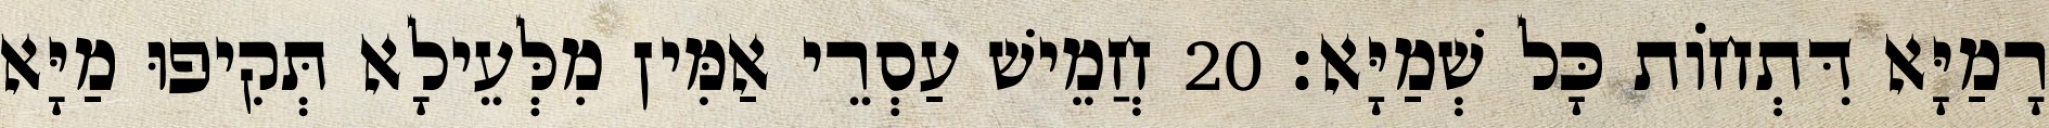
רָמַיָּא דִּתְחוֹת כָּל שְׁמַיָּא׃ 20 חֲמֵישׁ עַסְרֵי אַמִּין מִלְּעֵילָא תְּקִיפוּ מַיָּא